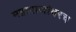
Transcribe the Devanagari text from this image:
महाराजांवरच